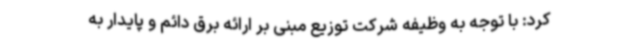
کرد: با توجه به وظیفه شرکت توزیع مبنی بر ارائه برق دائم و پایدار به